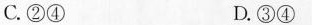
C.②④ D.③④